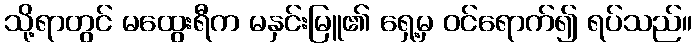
သို့ရာတွင် မထွေးရီက မနှင်းမြူ၏ ရှေ့မှ ဝင်ရောက်၍ ရပ်သည်။